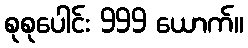
စုစုပေါင်း 999 ယောက်။